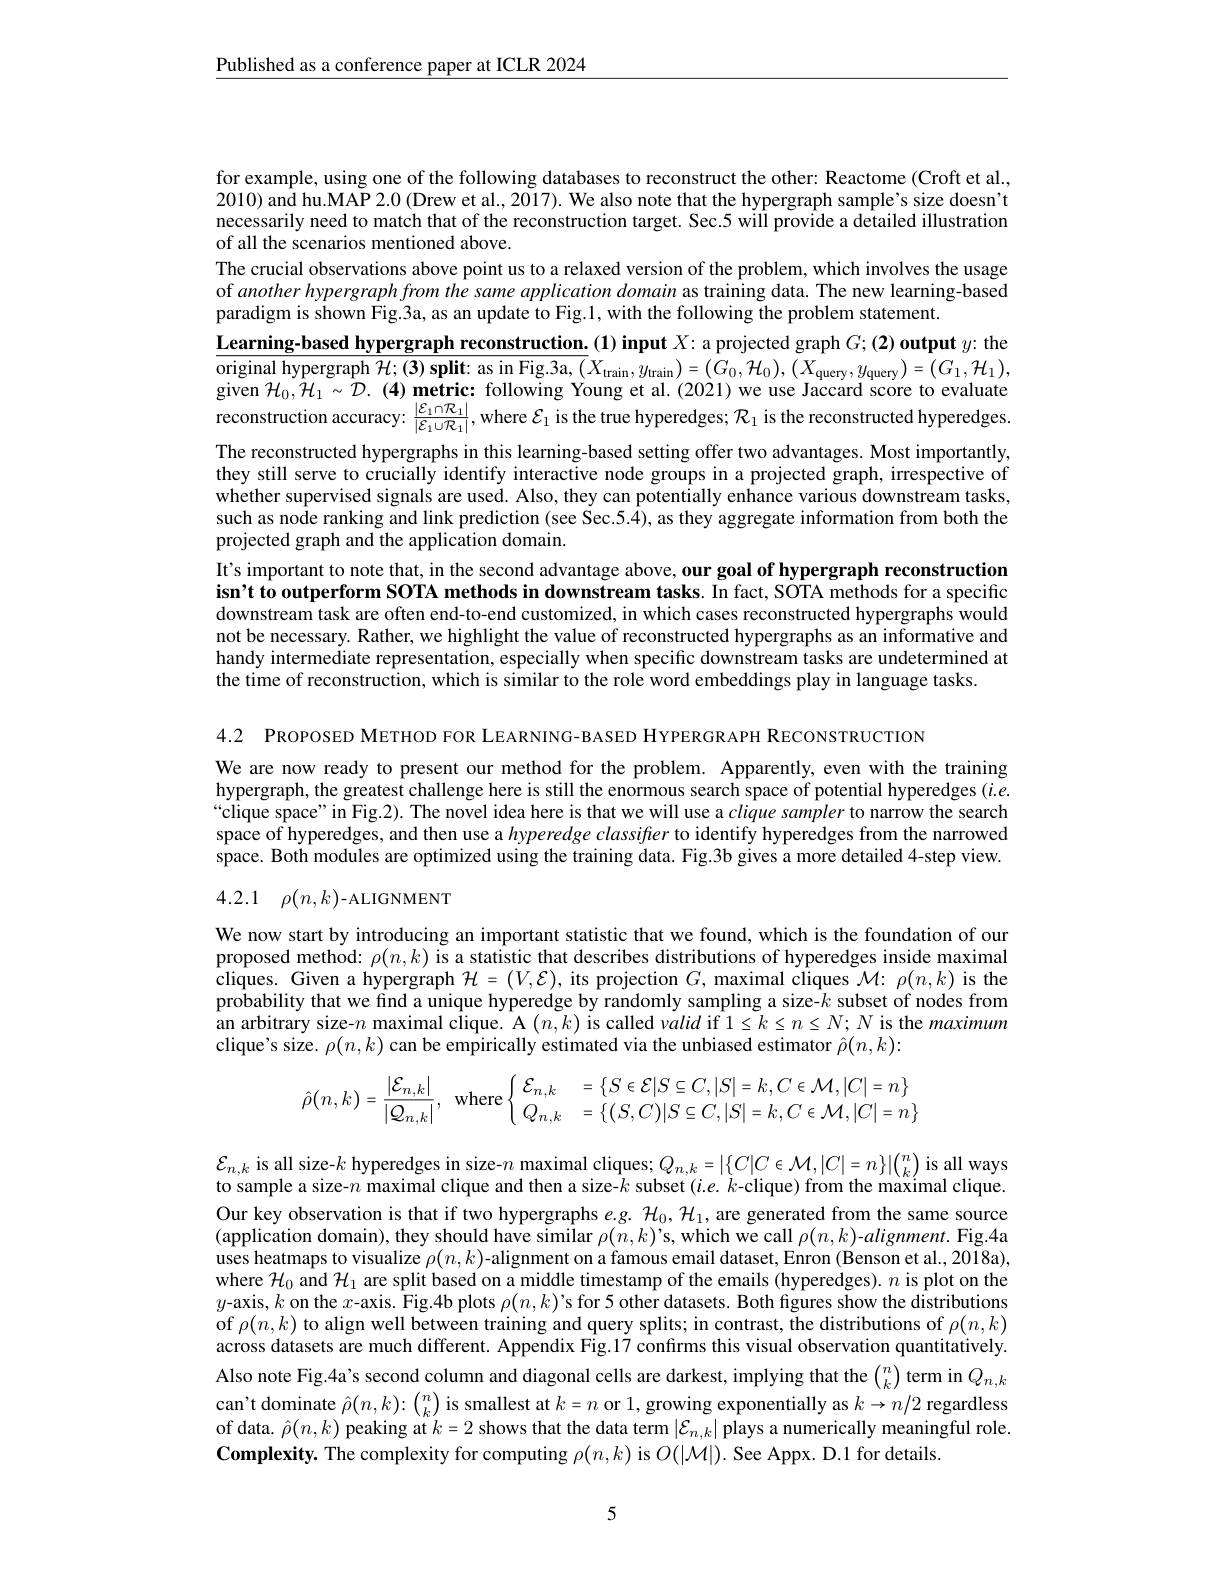
$\underline{\text{Published as a conference paper at ICLR 2024}}$

for example, using one of the following databases to reconstruct the other: Reactome (Croft et al. 2010) and hu. MAP 2. 0 ( Drew et al. , 2017) . We also note that the hypergraph sample' s size doesn' t necessarily need to match that of the reconstruction target. Sec.5 will provide a detailed illustration of all the scenarios mentioned above.
The crucial observations above point us to a relaxed version of the problem, which involves the usage of another hypergraph from the same application domain as training data. The new learning-based paradigm is shown Fig.3a, as an update to Fig.1, with the following the problem statement.
$\underline {\text{Learning- based hypergraph reconstruction. }}( 1) \textbf{input }X{: }$ a projected graph $G; ( 2) \textbf{output }y{: }$ the $\overline{\text{original hypergraph }\mathcal{H};(3)\textbf{split: as in Fig.3a, }(X_{\mathrm{train}},y_{\mathrm{train}})=(G_{0},\mathcal{H}_{0}),(X_{\mathrm{query}},y_{\mathrm{query}})=(G_{1},\mathcal{H}_{1}),}$ given $\mathcal{H}_0,\mathcal{H}_1\sim\mathcal{D}.(4)$ metric: following Young et al.(2021) we use Jaccard score to evaluate reconstruction accuracy: $\frac{|\mathcal{E}_{1}\cap\mathcal{R}_{1}|}{|\mathcal{E}_{1}\cup\mathcal{R}_{1}|}$,where $\mathcal{E}_1$ is the true hyperedges; $\mathcal{R}_1$ is the reconstructed hyperedges The reconstructed hypergraphs in this learning-based setting offer two advantages. Most importantly, they still serve to crucially identify interactive node groups in a projected graph, irrespective of whether supervised signals are used. Also, they can potentially enhance various downstream tasks, such as node ranking and link prediction (see Sec.5.4), as they aggregate information from both the projected graph and the application domain.
It's important to note that, in the second advantage above, our goal of hypergraph reconstruction isn't to outperform SOTA methods in downstream tasks. In fact, SOTA methods for a specific downstream task are often end-to-end customized, in which cases reconstructed hypergraphs would not be necessary. Rather, we highlight the value of reconstructed hypergraphs as an informative and handy intermediate representation, especially when specific downstream tasks are undetermined at the time of reconstruction, which is similar to the role word embeddings play in language tasks.

4.2 PROPOSED METHOD FOR LEARNING-BASED HYPERGRAPH RECONSTRUCTION
We are now ready to present our method for the problem. Apparently, even with the training hypergraph, the greatest challenge here is still the enormous search space of potential hyperedges $(i.e.$ $“$clique space" in Fig.2). The novel idea here is that we will use a clique sampler to narrow the search space of hyperedges, and then use a $hyperedge\textit{classiffer to identify hyperedges from the narrowed}$ space. Both modules are optimized using the training data. Fig.3b gives a more detailed 4-step view. 4.2.1 $\rho ( n, k)$-ALIGNMENT

We now start by introducing an important statistic that we found, which is the foundation of our proposed method: $\rho(n,k)$ is a statistic that describes distributions of hyperedges inside maximal cliques. Given a hypergraph $\mathcal{H}=(V,\mathcal{E})$, its projection $G$, maximal cliques $\mathcal{M}:\rho(n,k)$ is the probability that we find a unique hyperedge by randomly sampling a size-$k$ subset of nodes from an arbitrary size-$n$ maximal clique. A $(n,k)$ is called valid if $1\leq k\leq n\leq N;N$ is the maximum clique's size. $\rho ( n, k)$ can be empirically estimated via the unbiased estimator $\hat{\rho } ( n, k) :$
$$\hat{\rho}(n,k)=\dfrac{|\mathcal{E}_{n,k}|}{|\mathcal{Q}_{n,k}|},\:\text{where}\left\{\begin{array}{ll}\mathcal{E}_{n,k}&=\{S\in\mathcal{E}|S\subseteq C,|S|=k,C\in\mathcal{M},|C|=n\}\\Q_{n,k}&=\{(S,C)|S\subseteq C,|S|=k,C\in\mathcal{M},|C|=n\}\end{array}\right.$$
$\mathcal{E}_{n,k}$ is all size-$k$ hyperedges in size-$n$ maximal cliques; $Q_n,k=|\{C|C\in\mathcal{M},|C|=n\}|\binom nk$ is all ways to sample a size-$n$ maximal clique and then a size-$k$ subset $(i.e.k$-clique) from the maximal clique. Our key observation is that if two hypergraphs $e.g.\mathcal{H}_0,\mathcal{H}_1$, are generated from the same source $(\dot{\text{application domain), they should have similar }\rho(n,k)’\text{s, which we call }\rho(n,k)\_alignment.\mathrm{~Fig.4a}}$ uses heatmaps to visualize $\rho(n,k)$-alignment on a famous email dataset, Enron (Benson et al., 2018a), where $\mathcal{H}_0$ and $\mathcal{H}_1$ are split based on a middle timestamp of the emails (hyperedges). $n$ is plot on the $y$-axis, $k$ on the $x$-axis. Fig.4b plots $\rho(n,k)$'s for 5 other datasets. Both figures show the distributions of $\rho(n,k)$ to align well between training and query splits; in contrast, the distributions of $\rho(n,k)$ across datasets are much different. Appendix Fig.17 confirms this visual observation quantitatively. Also note Fig.4a's second column and diagonal cells are darkest, implying that the $\binom nk$ term in $Q_{n,k}$ can't dominate $\hat{\rho}(n,k){:}\binom nk$ is smallest at $k=n$ or 1, growing exponentially as $k\to n/2$ regardless of data. $\hat{\rho}(n,k)$ peaking at $k=2$ shows that the data term $|\mathcal{E}_n,k|$ plays a numerically meaningful role. Complexity. The complexity for computing $\rho(n,k)$ is $O(|\mathcal{M}|).$ See Appx. D.1 for details.

5